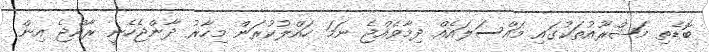
ބޮޑެތި މަޝްރޫއުތަކުގައި މައްސަލައެއް ދިމާވެއްޖެ ނަމަ ހައްލުކުރަން މިހާރު ދާންޖެހެނީ ރާއްޖެ އިން